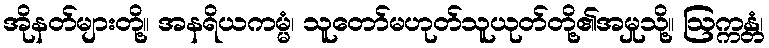
အိုနတ်များတို့။ အနရိယကမ္မံ၊ သူတော်မဟုတ်သူယုတ်တို့၏အမှုသို့။ ဩက္ကန္တံ၊